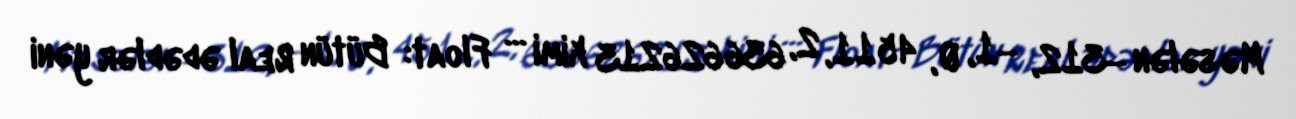
Məsələn −312, −1, 0, 4511, 2, 636626213 kimi … Float: Bütün Real ədədlər yəni